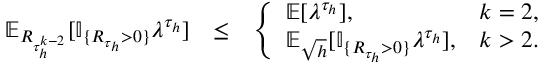
\begin{array} { r l r } { \mathbb { E } _ { R _ { \tau _ { h } ^ { k - 2 } } } [ \mathbb { I } _ { \{ R _ { \tau _ { h } } > 0 \} } \lambda ^ { \tau _ { h } } ] } & { \le } & { \left\{ \begin{array} { l l } { \mathbb { E } [ \lambda ^ { \tau _ { h } } ] , } & { k = 2 , } \\ { \mathbb { E } _ { \sqrt { h } } [ \mathbb { I } _ { \{ R _ { \tau _ { h } } > 0 \} } \lambda ^ { \tau _ { h } } ] , } & { k > 2 . } \end{array} \right. } \end{array}